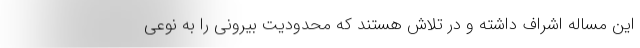
این مساله اشراف داشته و در تلاش هستند که محدودیت بیرونی را به نوعی